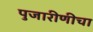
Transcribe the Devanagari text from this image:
पुजारीणीचा